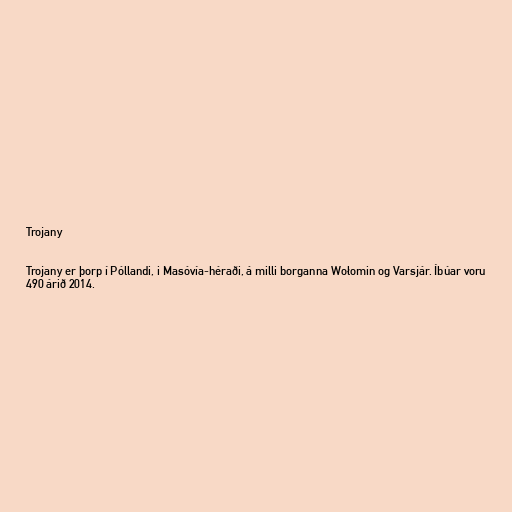
Trojany

Trojany er þorp í Póllandi, i Masóvía-héraði, á milli borganna Wołomin og Varsjár. Íbúar voru
490 árið 2014.